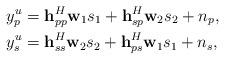
LaTeX: \begin{align*}y_p^u&=\mathbf{h}_{pp}^H\mathbf{w}_1{s}_1+\mathbf{h}_{sp}^H\mathbf{w}_2{s}_2+n_p,\\y_s^u&=\mathbf{h}_{ss}^H\mathbf{w}_2{s}_2+\mathbf{h}_{ps}^H\mathbf{w}_1{s}_1+n_s,\end{align*}